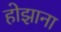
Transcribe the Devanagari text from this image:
होझाना